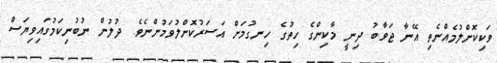
ވަކިކޮށްލުމެއްނެތި އޭނާ ޖަވާބު ދިނީ މާކިންގެ ހިތުގެ ހިނގުމަށް އަސަރުކޮށްލުވަމުންނެވެ. ދުލުން ނުބުނިކަމުގައިވިޔަސް